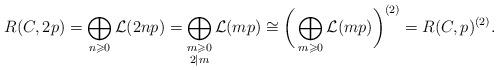
LaTeX: \begin{align*} R(C,2p) = \bigoplus_{n\geqslant0} \mathcal{L}(2np) = \bigoplus_{\substack{m\geqslant0\\2\mid m}} \mathcal{L}(mp) \cong \bigg(\bigoplus_{m\geqslant0}\mathcal{L}(mp)\bigg)^{(2)} = R(C,p)^{(2)}. \end{align*}